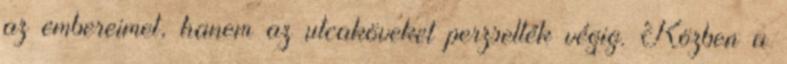
az embereimet, hanem az utcaköveket perzselték végig. Közben a